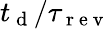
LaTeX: t_{\mathrm{~d~}}/\tau_{\mathrm{~r~e~v~}}